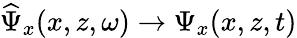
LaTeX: \widehat{\Psi}_{x}(x,z,\omega)\to\Psi_{x}(x,z,t)